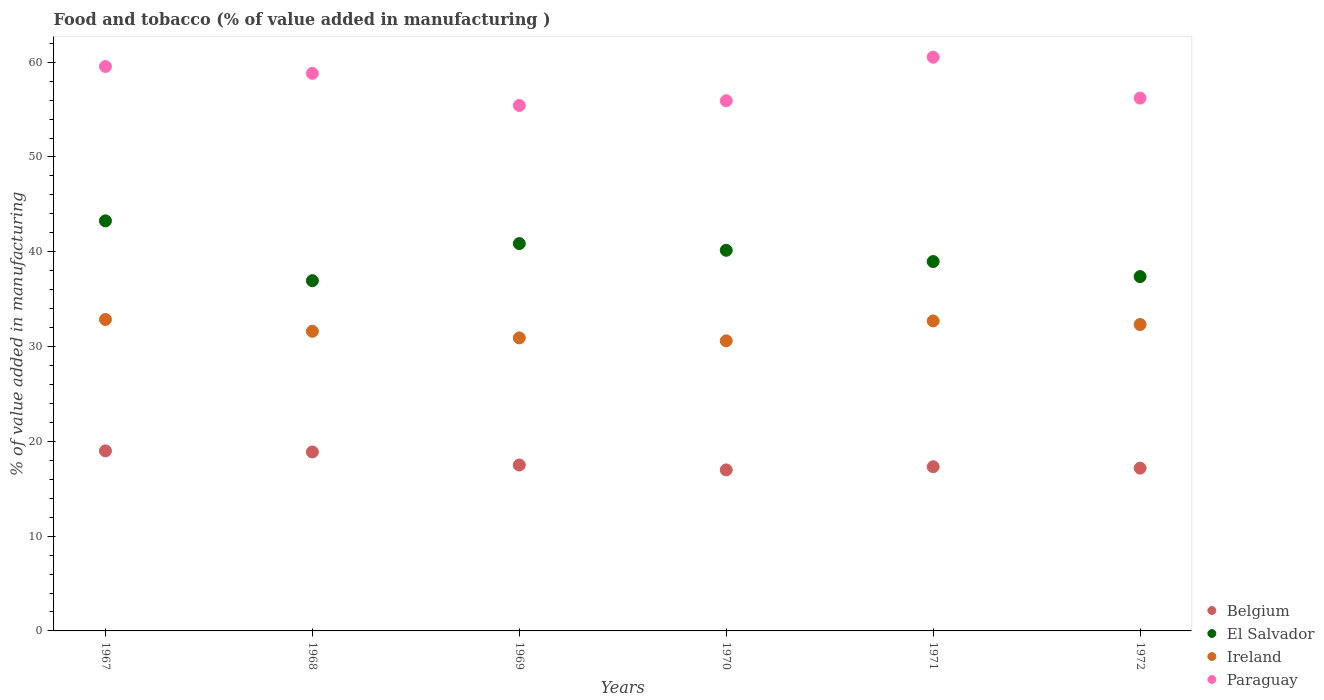
| Years | Belgium | El Salvador | Ireland | Paraguay |
 | --- | --- | --- | --- | --- |
 | 1967 | 19 | 43.3 | 32.9 | 59.5 |
 | 1968 | 18.9 | 37 | 31.6 | 58.8 |
 | 1969 | 17.5 | 40.9 | 30.9 | 55.4 |
 | 1970 | 17 | 40.2 | 30.6 | 55.9 |
 | 1971 | 17.3 | 39 | 32.7 | 60.5 |
 | 1972 | 17.2 | 37.4 | 32.3 | 56.2 |